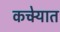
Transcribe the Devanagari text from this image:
कचेर्‍यात